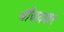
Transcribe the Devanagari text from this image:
श्रीजयकर